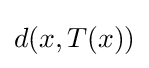
d(x,T(x))